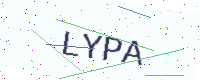
Text: LYPA